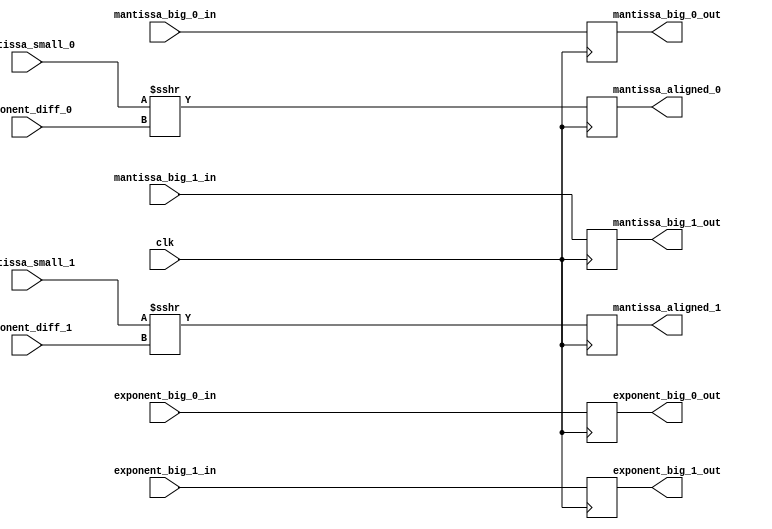
`timescale 1ns / 1ps
//////////////////////////////////////////////////////////////////////////////////
// 
// Design Name: 
// Module Name: fp32_adder_dual_alignment_stage
// Project Name: 
// Target Devices: 
// Tool Versions: 
// Description: 
// 
// Dependencies: 
// 
// Revision:
// Revision 0.01 - File Created
// Additional Comments:
// 
//////////////////////////////////////////////////////////////////////////////////


module fp32_adder_dual_alignment_stage
#(
  parameter EXPONENT_WIDTH = 8,
  parameter MANTISA_WIDTH = 24
) (
  input  wire clk, //controll signal in
  input  wire signed [EXPONENT_WIDTH:0] exponent_diff_0, exponent_diff_1,
  input  wire signed [EXPONENT_WIDTH-1:0] exponent_big_0_in, exponent_big_1_in,
  input  wire signed [MANTISA_WIDTH-1:0] mantissa_big_0_in, mantissa_small_0,
  input  wire signed [MANTISA_WIDTH-1:0] mantissa_big_1_in, mantissa_small_1,
  
  output reg  [EXPONENT_WIDTH-1:0] exponent_big_0_out, exponent_big_1_out,
  output reg  [MANTISA_WIDTH-1:0] mantissa_big_0_out, mantissa_aligned_0,
  output reg  [MANTISA_WIDTH-1:0] mantissa_big_1_out, mantissa_aligned_1
);

  always @(posedge clk)
  begin
    mantissa_aligned_0 <= mantissa_small_0 >>> exponent_diff_0; //arthmetic shift right
    mantissa_aligned_1 <= mantissa_small_1 >>> exponent_diff_1; //arthmetic shift right
    mantissa_big_0_out <= mantissa_big_0_in;
    mantissa_big_1_out <= mantissa_big_1_in;
    exponent_big_0_out <= exponent_big_0_in;
    exponent_big_1_out <= exponent_big_1_in;
  end
endmodule